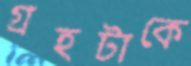
গ্রহটাকে